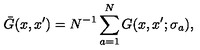
\bar { G } ( x , x ^ { \prime } ) = N ^ { - 1 } \sum _ { a = 1 } ^ { N } G ( x , x ^ { \prime } ; \sigma _ { a } ) ,